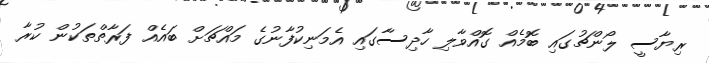
ރިޔާސީ ލޯންޗުގައި ބޮމެއް ގޮއްވާލި ހާދިސާގައި އެމަނިކުފާނުގެ މައްޗަށް ބައެެއް ފަރާތްތަކުން ކުރާ